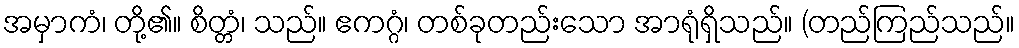
အမှာကံ၊ တို့၏။ စိတ္တံ၊ သည်။ ဧကဂ္ဂံ၊ တစ်ခုတည်းသော အာရုံရှိသည်။ (တည်ကြည်သည်။